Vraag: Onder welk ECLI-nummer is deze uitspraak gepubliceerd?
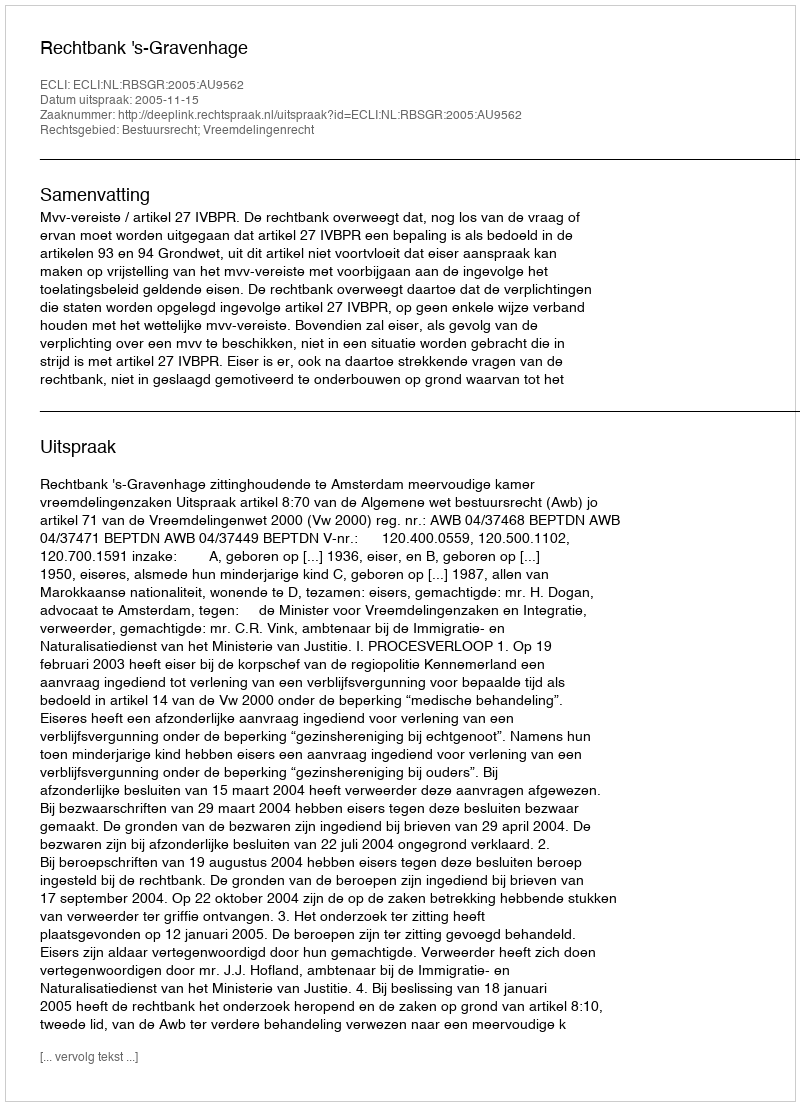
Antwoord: ECLI:NL:RBSGR:2005:AU9562